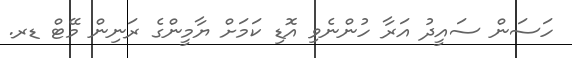
ހަސަން ސައީދު އަރާ ހުންނެވި އޮޑި ކަމަށް ޔާމީންގެ ރަނިން މޭޓް ޑރ.